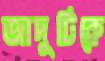
জাদুটিকে